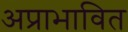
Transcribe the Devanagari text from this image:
अप्राभावित